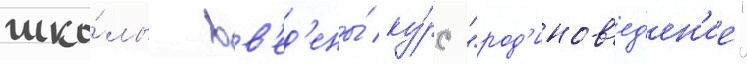
шко́лы вв'ед'ены́ ку́рс "род'инов'ед'ен'ие"